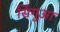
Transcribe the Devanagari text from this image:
सिंगुआ